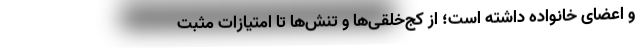
و اعضای خانواده داشته است؛ از کج‌خلقی‌ها و تنش‌ها تا امتیازات مثبت